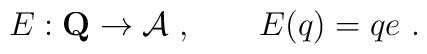
E: \mathbf{Q} \to \mathcal{A}~, \qquad E(q) = qe~.